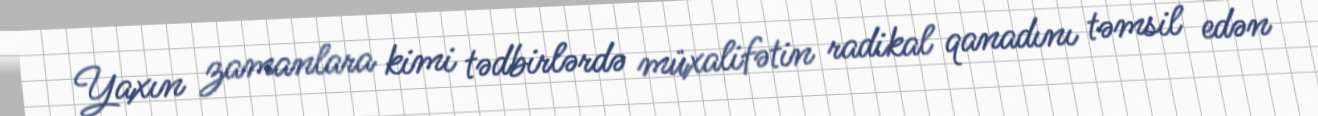
Yaxın zamanlara kimi tədbirlərdə müxalifətin radikal qanadını təmsil edən